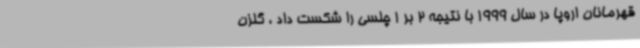
قهرمانان اروپا در سال 1999 با نتیجه 2 بر 1 چلسی را شکست داد ، گلزن